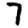
Digit: 7